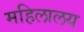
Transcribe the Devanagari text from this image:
महिलालय